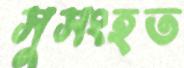
সুসংহত